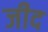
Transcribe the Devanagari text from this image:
जीद